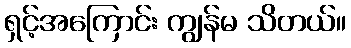
ရှင့်အကြောင်း ကျွန်မ သိတယ်။